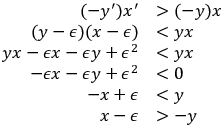
\begin{array} { r l } { ( - y ^ { \prime } ) x ^ { \prime } } & { > ( - y ) x } \\ { ( y - \epsilon ) ( x - \epsilon ) } & { < y x } \\ { y x - \epsilon x - \epsilon y + \epsilon ^ { 2 } } & { < y x } \\ { - \epsilon x - \epsilon y + \epsilon ^ { 2 } } & { < 0 } \\ { - x + \epsilon } & { < y } \\ { x - \epsilon } & { > - y } \end{array}